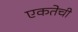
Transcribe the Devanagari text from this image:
एकतेची